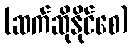
(ဆက်ဆိုနိုင်စေ)